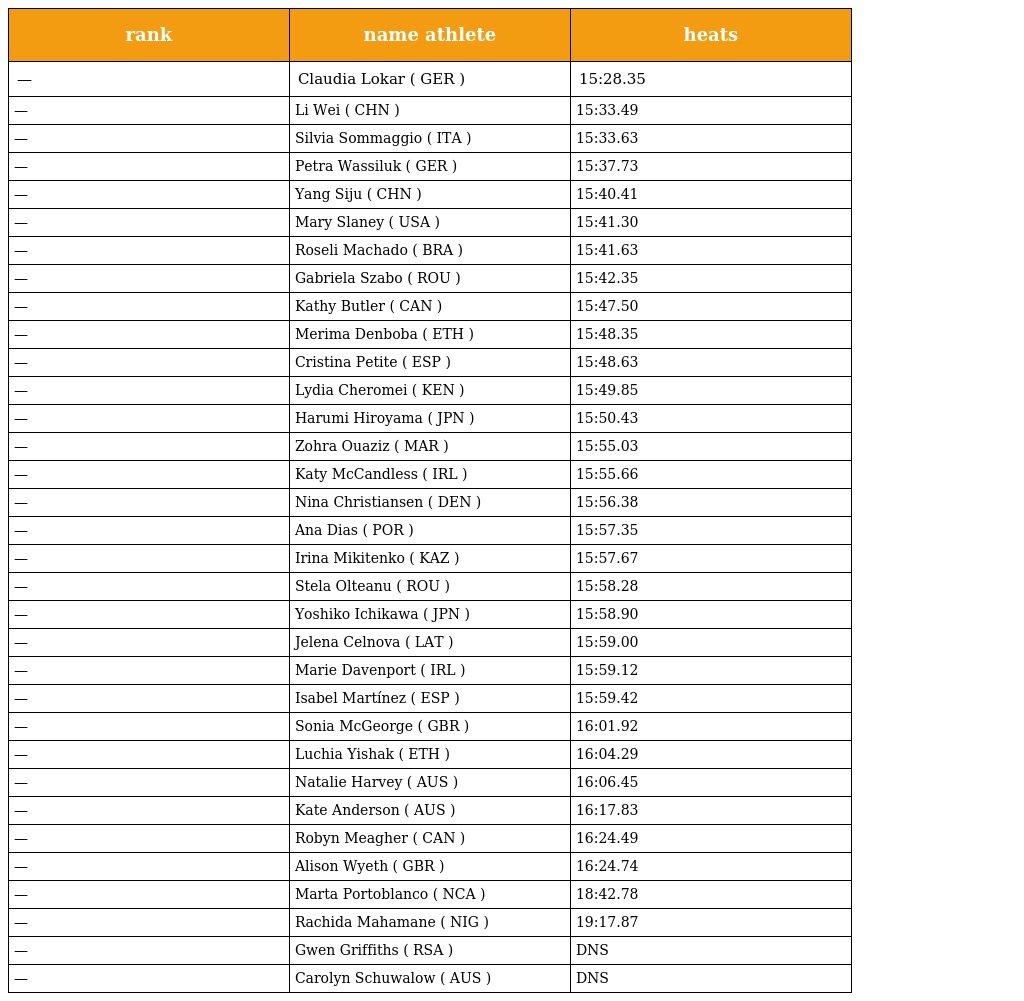
| rank | name athlete | heats |
 | --- | --- | --- |
 | — | Claudia Lokar ( GER ) | 15:28.35 |
 | — | Li Wei ( CHN ) | 15:33.49 |
 | — | Silvia Sommaggio ( ITA ) | 15:33.63 |
 | — | Petra Wassiluk ( GER ) | 15:37.73 |
 | — | Yang Siju ( CHN ) | 15:40.41 |
 | — | Mary Slaney ( USA ) | 15:41.30 |
 | — | Roseli Machado ( BRA ) | 15:41.63 |
 | — | Gabriela Szabo ( ROU ) | 15:42.35 |
 | — | Kathy Butler ( CAN ) | 15:47.50 |
 | — | Merima Denboba ( ETH ) | 15:48.35 |
 | — | Cristina Petite ( ESP ) | 15:48.63 |
 | — | Lydia Cheromei ( KEN ) | 15:49.85 |
 | — | Harumi Hiroyama ( JPN ) | 15:50.43 |
 | — | Zohra Ouaziz ( MAR ) | 15:55.03 |
 | — | Katy McCandless ( IRL ) | 15:55.66 |
 | — | Nina Christiansen ( DEN ) | 15:56.38 |
 | — | Ana Dias ( POR ) | 15:57.35 |
 | — | Irina Mikitenko ( KAZ ) | 15:57.67 |
 | — | Stela Olteanu ( ROU ) | 15:58.28 |
 | — | Yoshiko Ichikawa ( JPN ) | 15:58.90 |
 | — | Jelena Celnova ( LAT ) | 15:59.00 |
 | — | Marie Davenport ( IRL ) | 15:59.12 |
 | — | Isabel Martínez ( ESP ) | 15:59.42 |
 | — | Sonia McGeorge ( GBR ) | 16:01.92 |
 | — | Luchia Yishak ( ETH ) | 16:04.29 |
 | — | Natalie Harvey ( AUS ) | 16:06.45 |
 | — | Kate Anderson ( AUS ) | 16:17.83 |
 | — | Robyn Meagher ( CAN ) | 16:24.49 |
 | — | Alison Wyeth ( GBR ) | 16:24.74 |
 | — | Marta Portoblanco ( NCA ) | 18:42.78 |
 | — | Rachida Mahamane ( NIG ) | 19:17.87 |
 | — | Gwen Griffiths ( RSA ) | DNS |
 | — | Carolyn Schuwalow ( AUS ) | DNS |